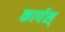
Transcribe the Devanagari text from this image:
कार्पस्